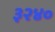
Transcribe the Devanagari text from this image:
३२४०